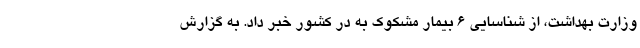
وزارت بهداشت، از شناسایی ۶ بیمار مشکوک به در کشور خبر داد. به گزارش